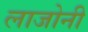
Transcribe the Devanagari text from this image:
लाजोनी